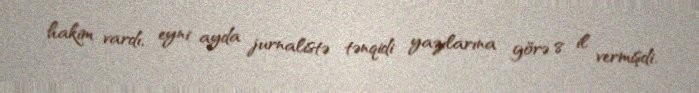
hakim vardı, eyni ayda jurnalistə tənqidi yazılarına görə 8 il vermişdi.